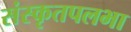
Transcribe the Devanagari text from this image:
संस्कृतपलभा